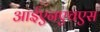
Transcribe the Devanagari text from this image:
आईएनएचएस